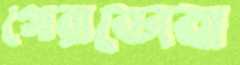
গোরাডোবা